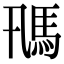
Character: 𩡵